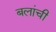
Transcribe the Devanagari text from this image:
बलांची